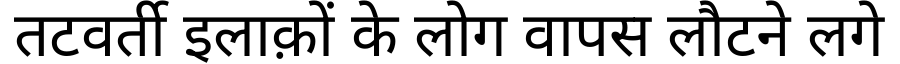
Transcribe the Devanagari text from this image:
तटवर्ती इलाक़ों के लोग वापस लौटने लगे